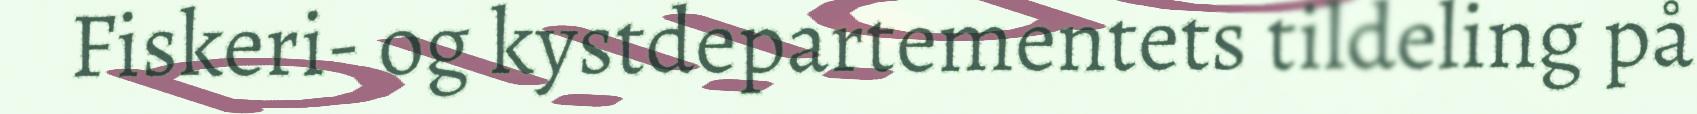
Fiskeri- og kystdepartementets tildeling på